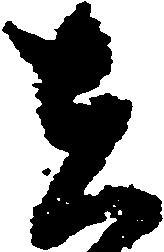
者